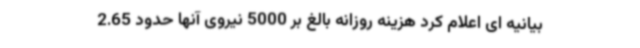
بیانیه ای اعلام کرد هزینه روزانه بالغ بر 5000 نیروی آنها حدود 2.65